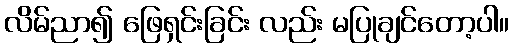
လိမ်ညာ၍ ဖြေရှင်းခြင်း လည်း မပြုချင်တော့ပါ။